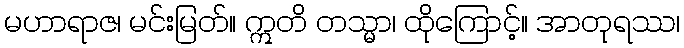
မဟာရာဇ၊ မင်းမြတ်။ ဣတိ တသ္မာ၊ ထိုကြောင့်။ အာတုရဿ၊